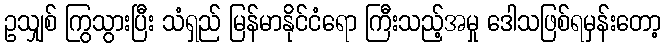
ဥသျှစ် ကြွသွားပြီး သံရှည် မြန်မာနိုင်ငံရော ကြီးသည့်အမှု ဒေါသဖြစ်ရမှန်းတော့